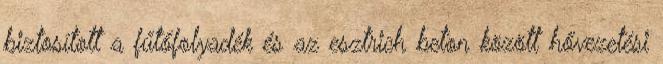
biztosított a fűtőfolyadék és az esztrich beton között hővezetési